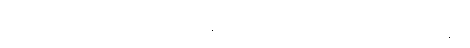
အမေက ညင်ညင်သာသာပဲ ယူလိုက်ရင်း ကျွန်တော် နားရည်ဝနေကျ သက်ပြင်းရှည်ရှည်ကြီးတစ်ချက်